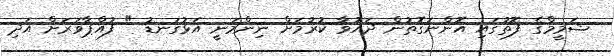
ޝަމީމްގެ ފޮތުގައި އޮންނަގޮތުން ދައުވާ ކުރުމަށް ނިންމަނީ އަޅުގަނޑު " ފުއްޕާވަރަށް އަދި